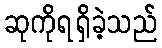
ဆုကိုရရှိခဲ့သည်